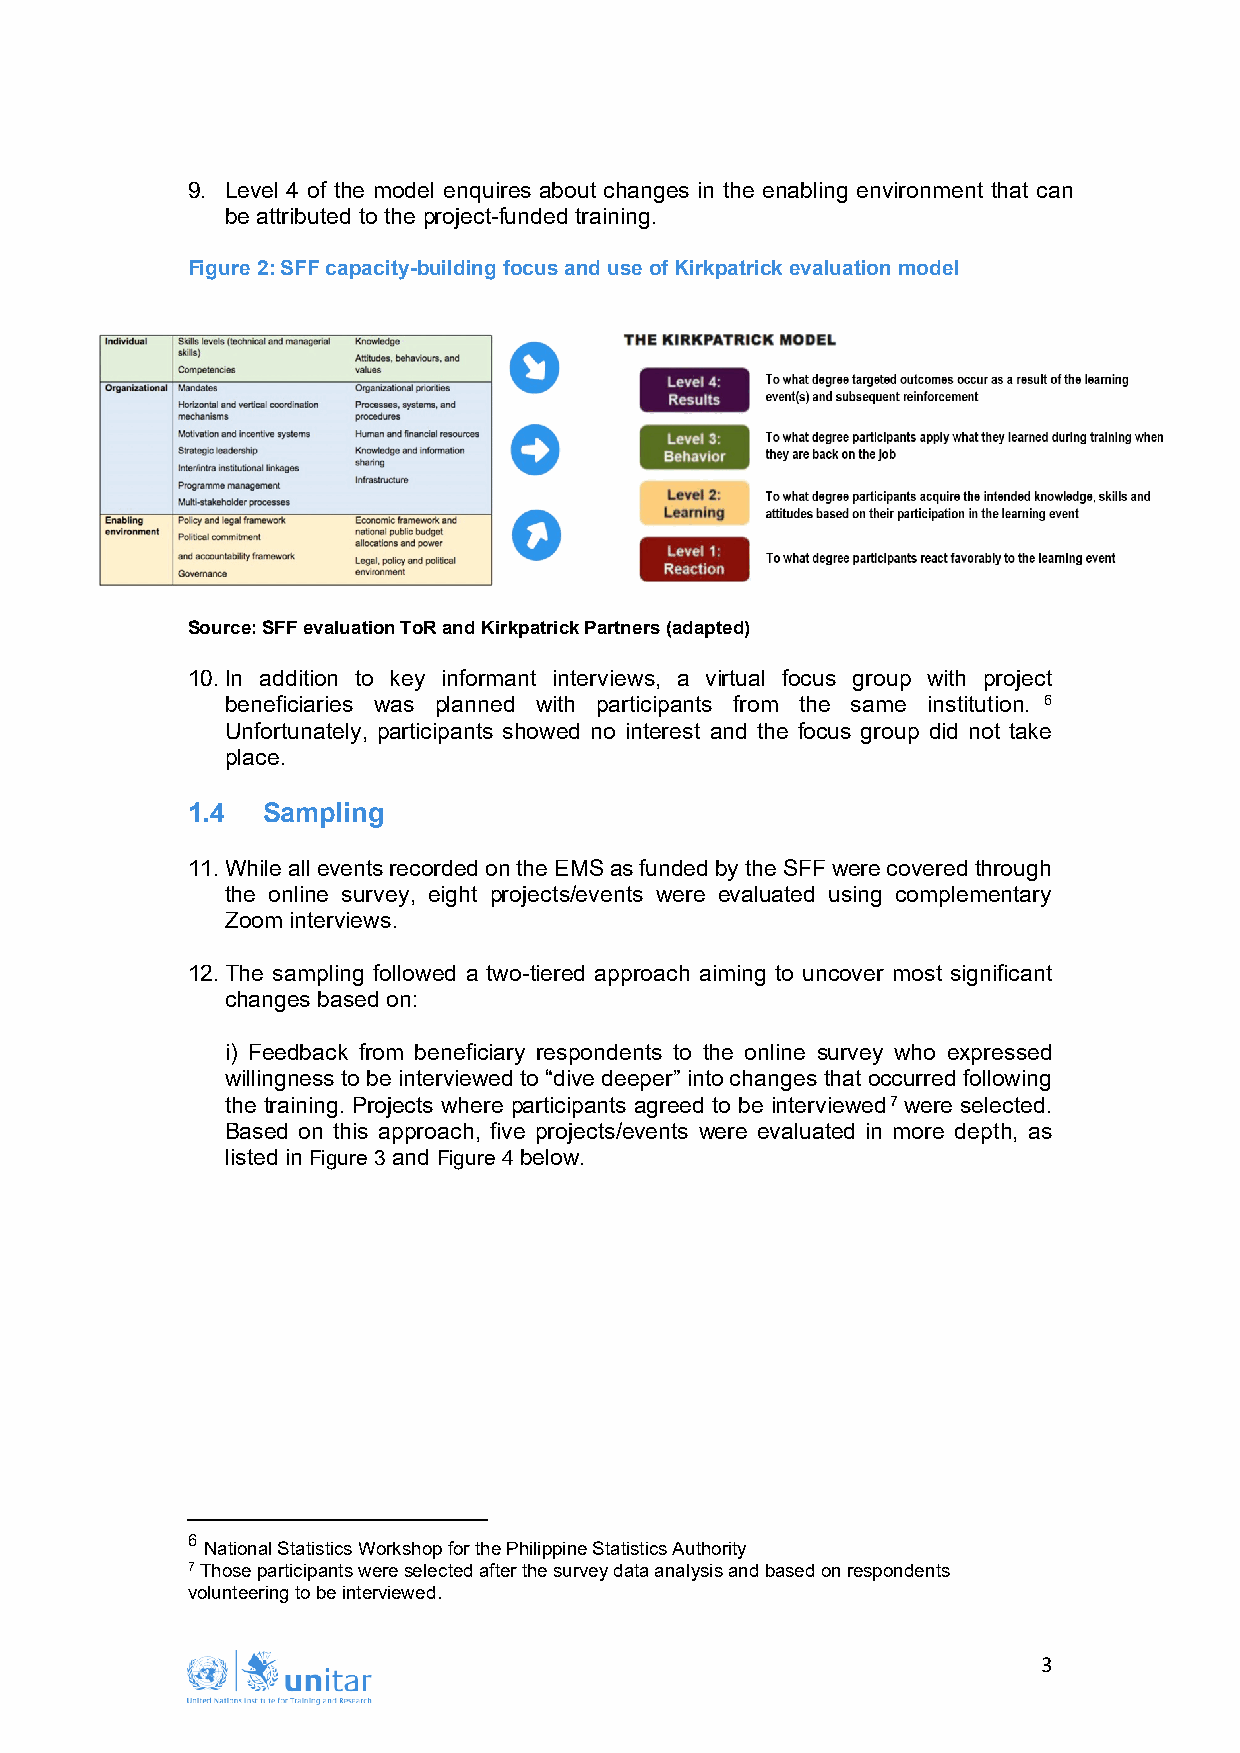
9. Level 4 of the model enquires about changes in the enabling environment that can
 be attributed to the project-funded training.
 Figure 2: SFF capacity-building focus and use of Kirkpatrick evaluation model
 Source: SFF evaluation ToR and Kirkpatrick Partners (adapted)
 10. In addition to key informant interviews, a virtual focus group with project
 beneficiaries was planned with participants from the same institution. 6
 Unfortunately, participants showed no interest and the focus group did not take
 place.
 1.4  Sampling
 11. While all events recorded on the EMS as funded by the SFF were covered through
 the online survey, eight projects/events were evaluated using complementary
 Zoom interviews.
 12. The sampling followed a two-tiered approach aiming to uncover most significant
 changes based on:
 i) Feedback from beneficiary respondents to the online survey who expressed
 willingness to be interviewed to “dive deeper” into changes that occurred following
 the training. Projects where participants agreed to be interviewed7 were selected.
 Based on this approach, five projects/events were evaluated in more depth, as
 listed in Figure 3 and Figure 4 below.
 6
 National Statistics Workshop for the Philippine Statistics Authority
 7 Those participants were selected after the survey data analysis and based on respondents
 volunteering to be interviewed.
 3